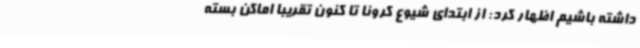
داشته باشیم اظهار کرد: از ابتدای شیوع کرونا تا کنون تقریبا اماکن بسته